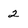
Character: 2